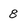
Character: 8